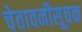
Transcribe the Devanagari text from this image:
चेतावनीसूचक